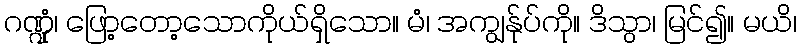
ဂဏ္ဍုံ၊ ဖြော့တော့သောကိုယ်ရှိသော။ မံ၊ အကျွန်ုပ်ကို။ ဒိသွာ၊ မြင်၍။ မယိ၊